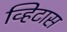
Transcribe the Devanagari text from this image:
व्हिटास